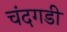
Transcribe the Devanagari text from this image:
चंंदगडी